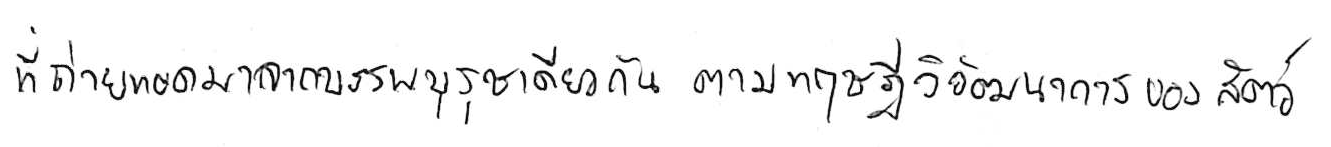
ที่ถ่ายทอดมาจากบรรพบุรุษเดียวกัน ตามทฤษฎีวิวัฒนาการของสัตว์